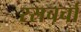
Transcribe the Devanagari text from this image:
रसचर्चा